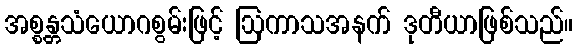
အစ္စန္တသံယောဂစွမ်းဖြင့် ဩကာသအနက် ဒုတီယာဖြစ်သည်။